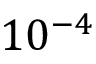
1 0 ^ { - 4 }